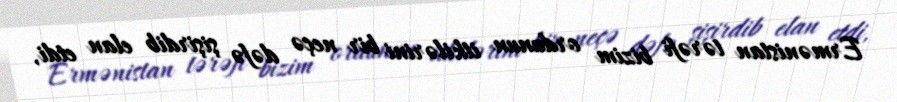
Ermənistan tərəfi bizim ordunun itkilərini bir neçə dəfə şişirdib elan etdi,